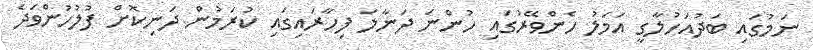
ނަމުގައި ބަދުއަހުލާގީ އަމަލު ހެންވޭރުގައި ހުންނަ ދަނާލަ ފިހާރައިގައި ކުރަމުން ދަނިކޮށް ފުލުހުންވަދެ